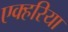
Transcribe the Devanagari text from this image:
एक्हरिया